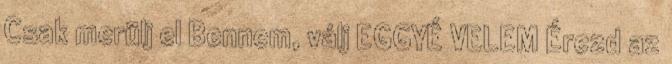
Csak merülj el Bennem, válj EGGYÉ VELEM Érezd az